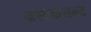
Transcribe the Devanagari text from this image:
जस्टकंसल्ट